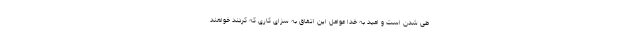
طی شدن است و امید به خدا عوامل این اتفاق به سزای کاری که کردند خواهند